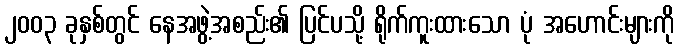
၂၀၀၃ ခုနှစ်တွင် နေအဖွဲ့အစည်း၏ ပြင်ပသို့ ရိုက်ကူးထားသော ပုံ အဟောင်းများကို